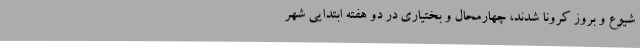
شیوع و بروز کرونا شدند، چهارمحال و بختیاری در دو هفته ابتدایی شهر